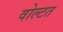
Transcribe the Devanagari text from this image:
वोल्टत